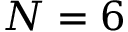
N = 6